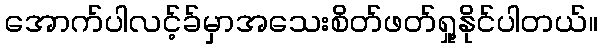
အောက်ပါလင့်ခ်မှာအသေးစိတ်ဖတ်ရှု့နိုင်ပါတယ်။